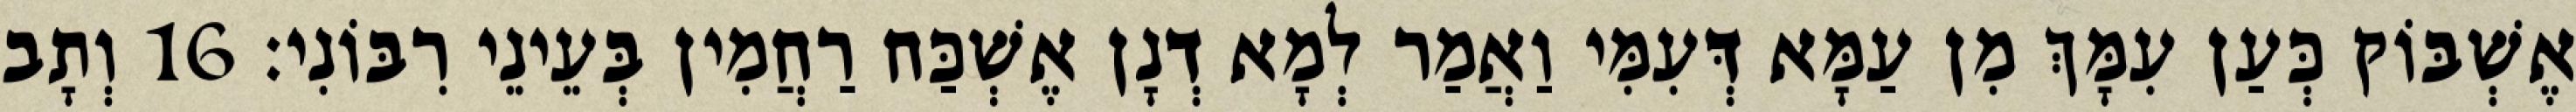
אֶשְׁבּוֹק כְּעַן עִמָּךְ מִן עַמָּא דְּעִמִּי וַאֲמַר לְמָא דְנָן אֶשְׁכַּח רַחֲמִין בְּעֵינֵי רִבּוֹנִי׃ 16 וְתָב